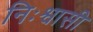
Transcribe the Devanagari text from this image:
निःश्वासी